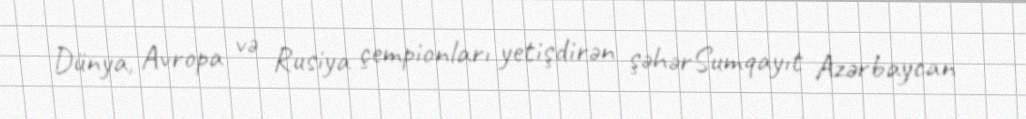
Dünya, Avropa və Rusiya çempionları yetişdirən şəhərSumqayıt Azərbaycan